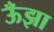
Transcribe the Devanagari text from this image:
ऊँझा